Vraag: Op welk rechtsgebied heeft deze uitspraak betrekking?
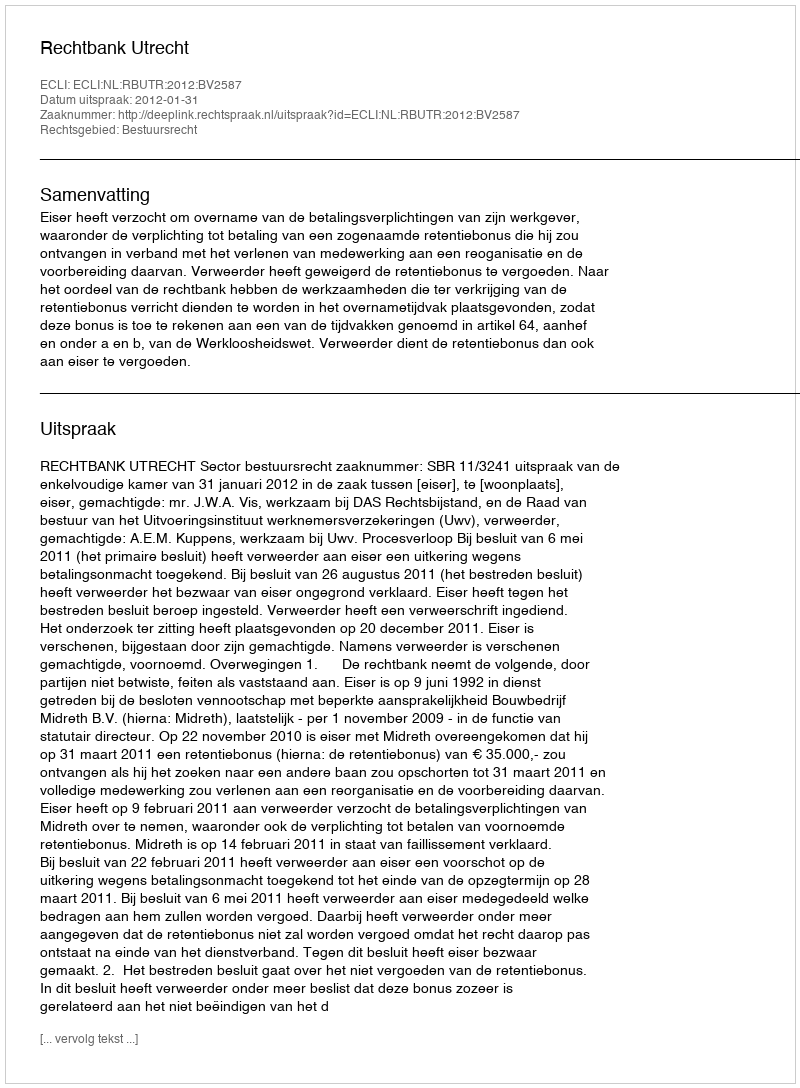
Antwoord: Bestuursrecht